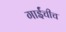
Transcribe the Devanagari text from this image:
गाईंचीच